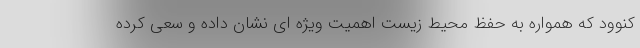
کنوود که همواره به حفظ محیط زیست اهمیت ویژه ای نشان داده و سعی کرده